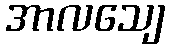
အာလသျေ